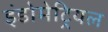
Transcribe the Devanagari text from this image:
इंडोमेट्रियल